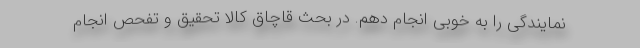
نمایندگی را به خوبی انجام دهم. در بحث قاچاق کالا تحقیق و تفحص انجام